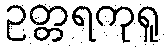
ဥတ္တရကုရူ